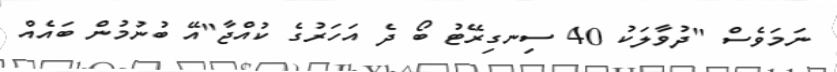
ނަމަވެސް "ދުވާލަކު 40 ސިނގިރޭޓު ބޯ ދެ އަހަރުގެ ކުއްޖާ"އޭ ބުނުމުން ބައެއް